Vaccination in Bombay 1863-1868 - 1863-1868
Year: 1863
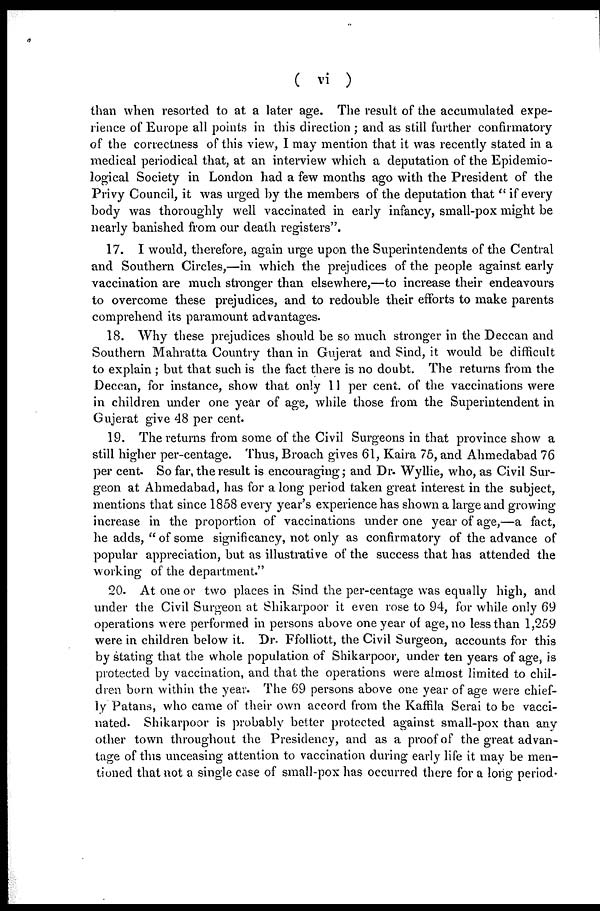
( vi )
than when resorted to at a later age. The result of the accumulated expe-
rience of Europe all points in this direction ; and as still further confirmatory
of the correctness of this view, I may mention that it was recently stated in a
medical periodical that, at an interview which a deputation of the Epidemio-
logical Society in London had a few months ago with the President of the
Privy Council, it was urged by the members of the deputation that " if every
body was thoroughly well vaccinated in early infancy, small-pox might be
nearly banished from our death registers".
17. I would, therefore, again urge upon the Superintendents of the Central
and Southern Circles,—in which the prejudices of the people against early
vaccination are much stronger than elsewhere,—to increase their endeavours
to overcome these prejudices, and to redouble their efforts to make parents
comprehend its paramount advantages.
18. Why these prejudices should be so much stronger in the Deccan and
Southern Mahratta Country than in Gujerat and Sind, it would be difficult
to explain ; but that such is the fact there is no doubt. The returns from the
Deccan, for instance, show that only 11 per cent. of the vaccinations were
in children under one year of age, while those from the Superintendent in
Gujerat give 48 per cent.
19. The returns from some of the Civil Surgeons in that province show a
still higher per-centage. Thus, Broach gives 61, Kaira 75, and Ahmedabad 76
per cent. So far, the result is encouraging; and Dr. Wyllie, who, as Civil Sur-
geon at Ahmedabad, has for a long period taken great interest in the subject,
mentions that since 1858 every year's experience has shown a large and growing
increase in the proportion of vaccinations under one year of age,—a fact,
he adds, " of some significancy, not only as confirmatory of the advance of
popular appreciation, but as illustrative of the success that has attended the
working of the department."
20. At one or two places in Sind the per-centage was equally high, and
under the Civil Surgeon at Shikarpoor it even rose to 94, for while only 69
operations were performed in persons above one year of age, no less than 1,259
were in children below it. Dr. Ffolliott, the Civil Surgeon, accounts for this
by stating that the whole population of Shikarpoor, under ten years of age, is
protected by vaccination, and that the operations were almost limited to chil-
dren born within the year. The 69 persons above one year of age were chief-
ly Patans, who came of their own accord from the Kaffila Serai to be vacci-
nated. Shikarpoor is probably better protected against small-pox than any
other town throughout the Presidency, and as a proof of the great advan-
tage of this unceasing attention to vaccination during early life it may be men-
tioned that not a single case of small-pox has occurred there for a long period.